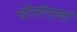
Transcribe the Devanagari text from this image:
चौतीसवां